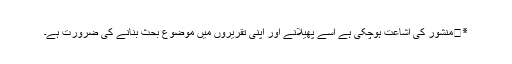
٭	منشور کی اشاعت ہوچکی ہے اسے پھیلانے اور اپنی تقریروں میں موضوع بحث بنانے کی ضرورت ہے۔